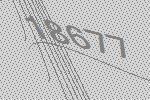
18677